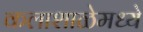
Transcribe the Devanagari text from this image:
कलाशाळेमध्ये